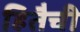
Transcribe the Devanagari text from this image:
हितैची